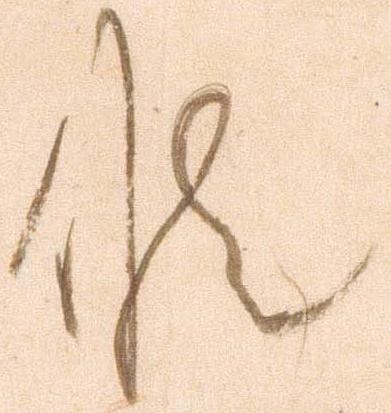
候